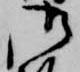
御